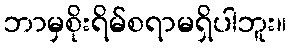
ဘာမှစိုးရိမ်စရာမရှိပါဘူး။